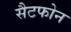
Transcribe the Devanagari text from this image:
सैटफोन